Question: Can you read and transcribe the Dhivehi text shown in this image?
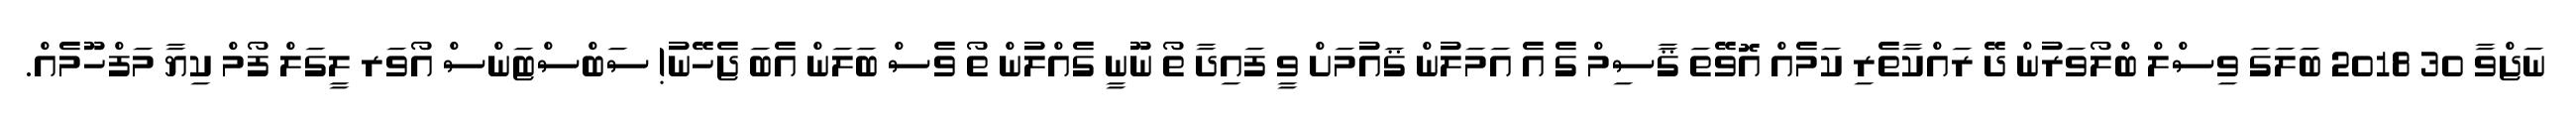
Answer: ނަޖްވާ 30 2018 ބަލަގަ ވިސްލް ބްލޯވަރުން ދޭ ރައްކާތެރި ކަމެއް އޮވޭތަ ޤާސިމް ގެ އެ އަމަލުން ޤައުމަށް ވީ ފައިދާ ތޯ ނޫނީ ގެއްލުން ތޯ ވެސް ބަލަން އެބަ ޖެހޭނު! ސަބްސްޓަންސް އޯވަރ ލީގަލް ފޯމް ކިޔާ މަފްހޫމެއް.